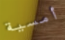
أمسية